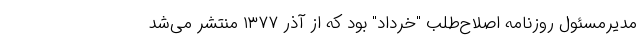
مدیرمسئول روزنامه اصلاح‌طلب "خرداد" بود که از آذر ۱۳۷۷ منتشر می‌شد